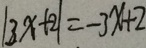
\vert 3 x + 2 \vert = - 3 x + 2